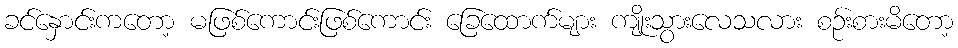
ခင်နှောင်းကတော့ မဖြစ်ကောင်းဖြစ်ကောင်း ခြေထောက်များ ကျိုးသွားလေသလား စဉ်းစားမိတော့